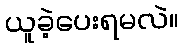
ယူခဲ့ပေးရမလဲ။